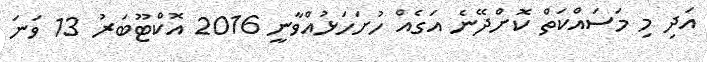
އަދި މި މަސައްކަތް ކޮށްދޭނެ އަގެއް ހުށަހަޅުއްވާނީ 2016 އޮކްޓޫބަރު 13 ވަނަ